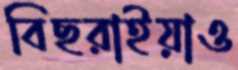
বিছরাইয়াও